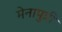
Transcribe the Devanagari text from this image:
मेनापुत्री